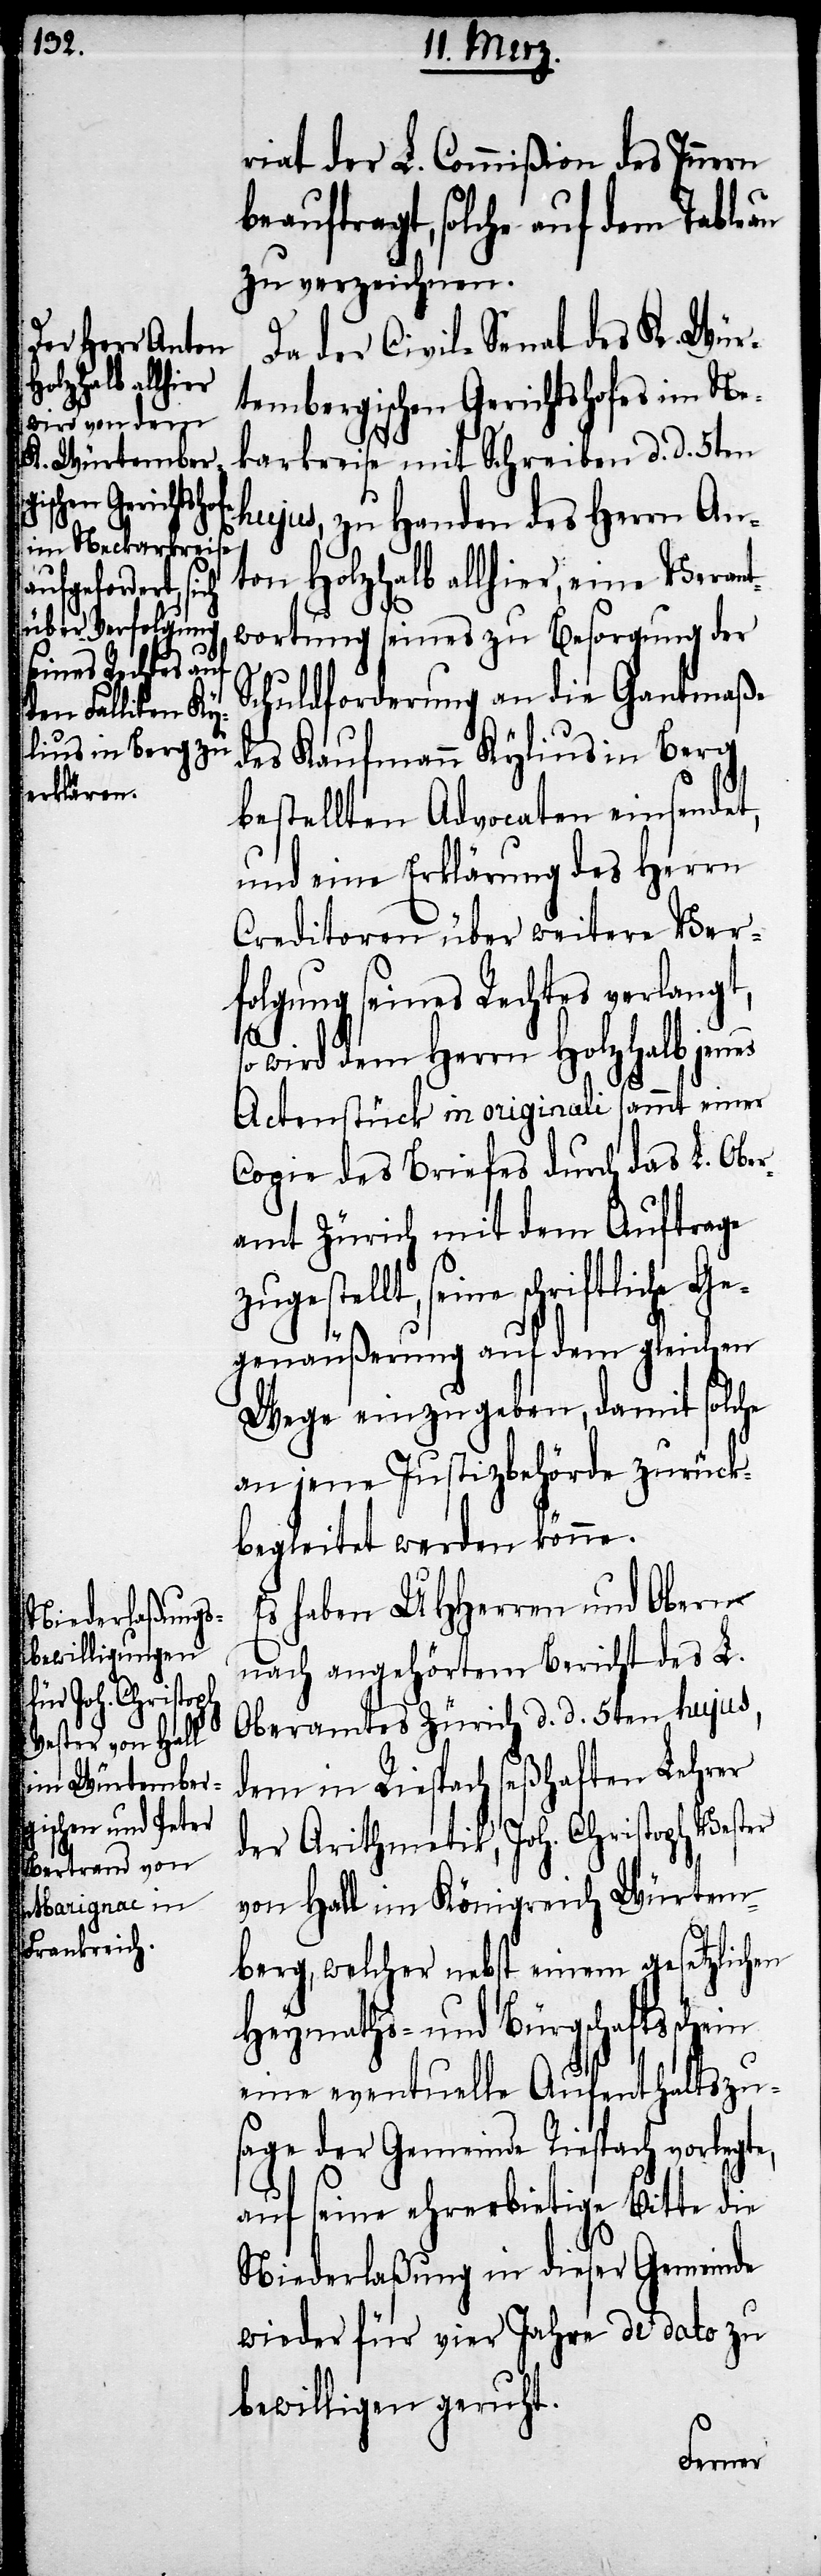
riat der L. Commißion des Innern
beauftragt, solche auf dem
zu verzeichnen.
Da der Civile Senat des K. Wür¬
tembergischen Gerichtshofes im Ne¬
karkreise mit Schreiben d. d. 5ten
hujus, zu Handen des Herrn An¬
ton Holzhalb allhier, eine Verant¬
wortung seines zu Besorgung der
Schuldforderung an die Gantmaße
des Kaufmann Kylius in Berg
bestellten Advocaten einsendet,
und eine Erklärung des Herrn
Creditoren über weitere Ver¬
folgung seines Rechtes verlangt,
so wird dem Herrn Holzhalb jenes
Actenstück in originali sammt einer
Copie des Briefes durch das L. Ober¬
amt Zürich mit dem Auftrage
zugestellt, seine schriftliche Ge¬
genäußerung auf dem gleichen
Wege einzugeben, damit solche
an jene Justizbehörde zurück¬
begleitet werden könne.
Es haben UHHerren und Obern
nach angehörtem Bericht des L.
Oberamtes Zürich d. d. 5ten hujus,
dem in Riespach seßhaften Lehrer
der Arithmetik, Joh. Christoph Wester
von Hall im Königreich Würtem¬
berg, welcher nebst einem gesetzlichen
Heymaths- und Bürgschaftsschein
eine eventuelle Aufenthaltszu¬
sage der Gemeinde Riespach vorlegte,
auf seine ehrerbietige Bitte die
Niederlaßung in dieser Gemeinde
wieder für vier Jahre de dato zu
bewilligen geruht.